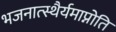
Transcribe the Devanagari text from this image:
भजनात्स्थैर्यमाप्नोति